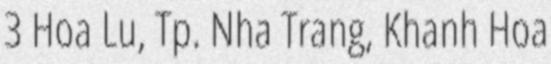
3 Hoa Lu, Tp. Nha Trang, Khanh Hoa